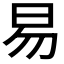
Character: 易